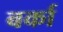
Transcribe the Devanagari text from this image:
बर्का